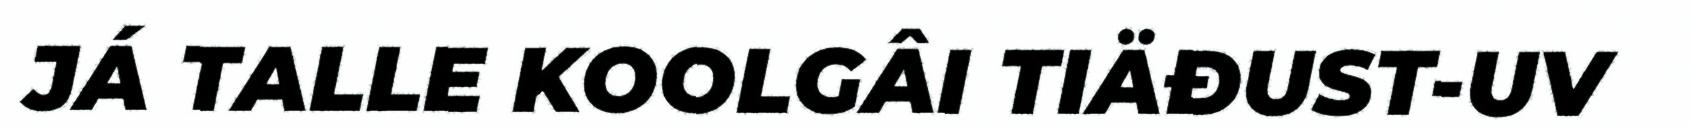
JÁ TALLE KOOLGÂI TIÄĐUST-UV